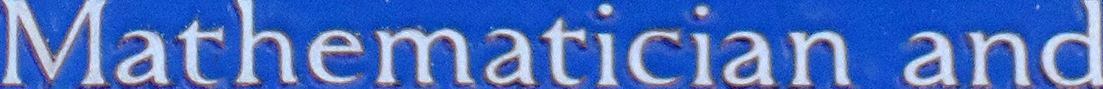
Mathematician and